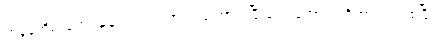
အခွန်တိမ်းရှောင်မှုမှာ ပတ်သက်တာကြောင့် ပြီးခဲ့တဲ့ အောက်တိုဘာလက စပြီး